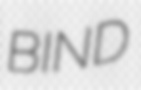
BIND